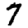
Digit: 7